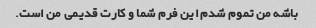
باشه من تموم شدم این فرم شما و کارت قدیمی من است.